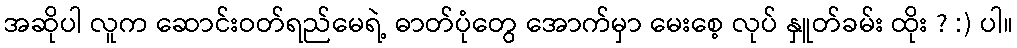
အဆိုပါ လူက ဆောင်းဝတ်ရည်မေရဲ့ ဓာတ်ပုံတွေ အောက်မှာ မေးစေ့ လုပ် နှူတ်ခမ်း ထိုး ? :) ပါ။